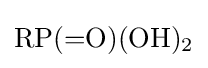
{\mathrm {RP} ({=}\mathrm {O} )(\mathrm {OH} ){\vphantom {A}}_{\smash[{t}]{2}}}